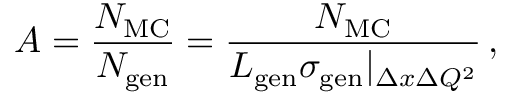
{ \cal A } = \frac { N _ { \mathrm { M C } } } { N _ { \mathrm { g e n } } } = \frac { N _ { \mathrm { M C } } } { { \cal L } _ { \mathrm { g e n } } \sigma _ { \mathrm { g e n } } | _ { \Delta x \Delta Q ^ { 2 } } } \, ,